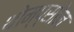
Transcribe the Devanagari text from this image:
थोम्प्सोन